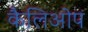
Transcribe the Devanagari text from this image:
कैलिओप